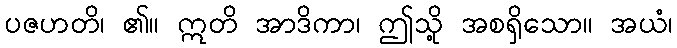
ပဇဟတိ၊ ၏။ ဣတိ အာဒိကာ၊ ဤသို့ အစရှိသော။ အယံ၊